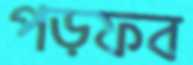
পড়ফব